Civil Veterinary Department. Central Provinces & Berar 1932-41 - 1932-1941
Year: 1932
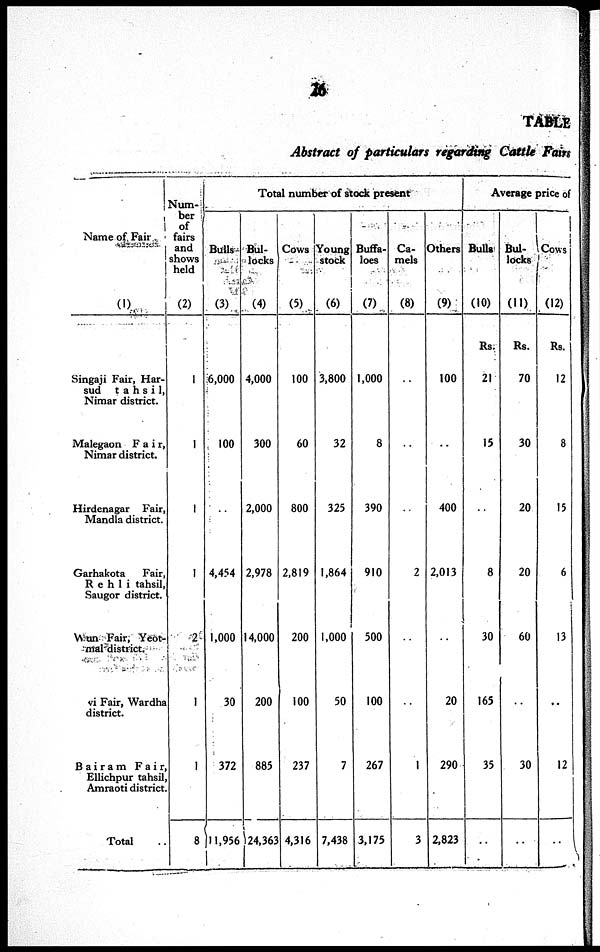
26
TABLE
Abstract of particulars regarding Cattle Fairs
Name of Fair
(1)
Singaji Fair, Har-
sud
tahsi1,
Nimar district.
Malegaon Fair,
Nimar district.
Hirdenagar Fair,
Mandla district.
Garhakota
Fair,
Reh1i tahsil,
Saugor district.
Wun Fair, Ycot-
mal district.
vi Fair, Wardha
district.
Bairam Fair,
Ellichpur tahsil,
Amraoti district.
Total ..
Num-
ber
of
fairs
and
shows
held
(2)
1
1
1
1
2
1
1
8
Total number of stock present
Bulls
(3)
6,000
100
..
4,454
1,000
30
372
11,956
Bul-
locks
(4)
4,000
300
2,000
2,978
14,000
200
885
24,363
Cows
(5)
100
60
800
2,819
200
100
237
4,316
Young
stock
(6)
3,800
32
325
1,864
1,000
50
7
7,438
Buffa-
loes
(7)
1,000
8
390
910
500
100
267
3,175
Ca-
mels
(8)
..
..
..
2
..
..
1
3
Others
(9)
100
..
400
2,013
..
20
290
2,823
Average price of
Bulls
(10)
Rs.
21
15
..
8
30
165
35
..
Bul-
locks
(11)
Rs.
70
30
20
20
60
..
30
..
Cows
(12)
Rs.
12
8
15
6
13
..
12
..